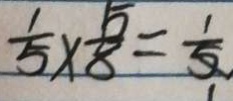
\frac { 1 } { 5 } \times \frac { 5 } { 8 } = \frac { 1 } { 5 }